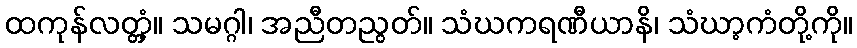
ထကုန်လတ္တံ့။ သမဂ္ဂါ၊ အညီတညွတ်။ သံဃကရဏီယာနိ၊ သံဃာ့ကံတို့ကို။